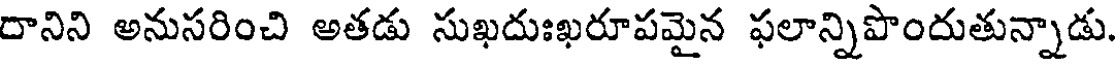
దానిని అనుసరించి అతడు సుఖదుఃఖరూపమైన ఫలాన్నిపొందుతున్నాడు.